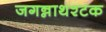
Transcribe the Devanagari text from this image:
जगन्नाथश्टक